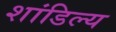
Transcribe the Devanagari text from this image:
शांडिल्‍य